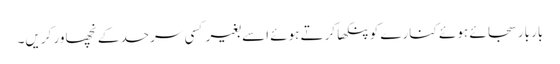
بار بار سجائے ہوئے کنارے کو پنکھا کرتے ہوئے اسے بغیر کسی سرحد کے نچھاور کریں۔